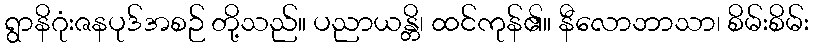
ရွာနိဂုံးဇနပုဒ်အစဉ် တို့သည်။ ပညာယန္တိ၊ ထင်ကုန်၏။ နီလောဘာသာ၊ စိမ်းစိမ်း